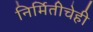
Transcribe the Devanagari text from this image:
निर्मितीचेही